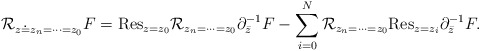
\begin{align*}{\cal R}_{z\doteq z_n=\cdots=z_0}F={\rm Res}_{z=z_0}{\cal R}_{z_n=\cdots=z_0}\partial_{\bar{z}}^{-1}F-\sum_{i=0}^N{\cal R}_{z_n=\cdots=z_0}{\rm Res}_{z=z_i}\partial_{\bar{z}}^{-1}F.\end{align*}